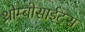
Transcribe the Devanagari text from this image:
थ्रोम्बोसाईट्स